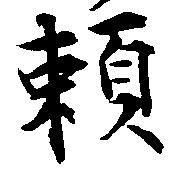
頼